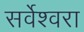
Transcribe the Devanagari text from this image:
सर्वेश्वरा